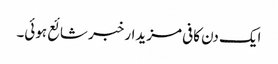
ایک دن کافی مزیدار خبر شائع ہوئی۔